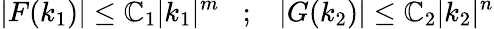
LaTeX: |F(k_{1})|\leq\mathbb{C}_{1}|k_{1}|^{m}\; \; \; ;\; \; \; |G(k_{2})|\leq\mathbb{C}_{2}|k_{2}|^{n}